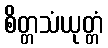
စိတ္တသံယုတ္တံ